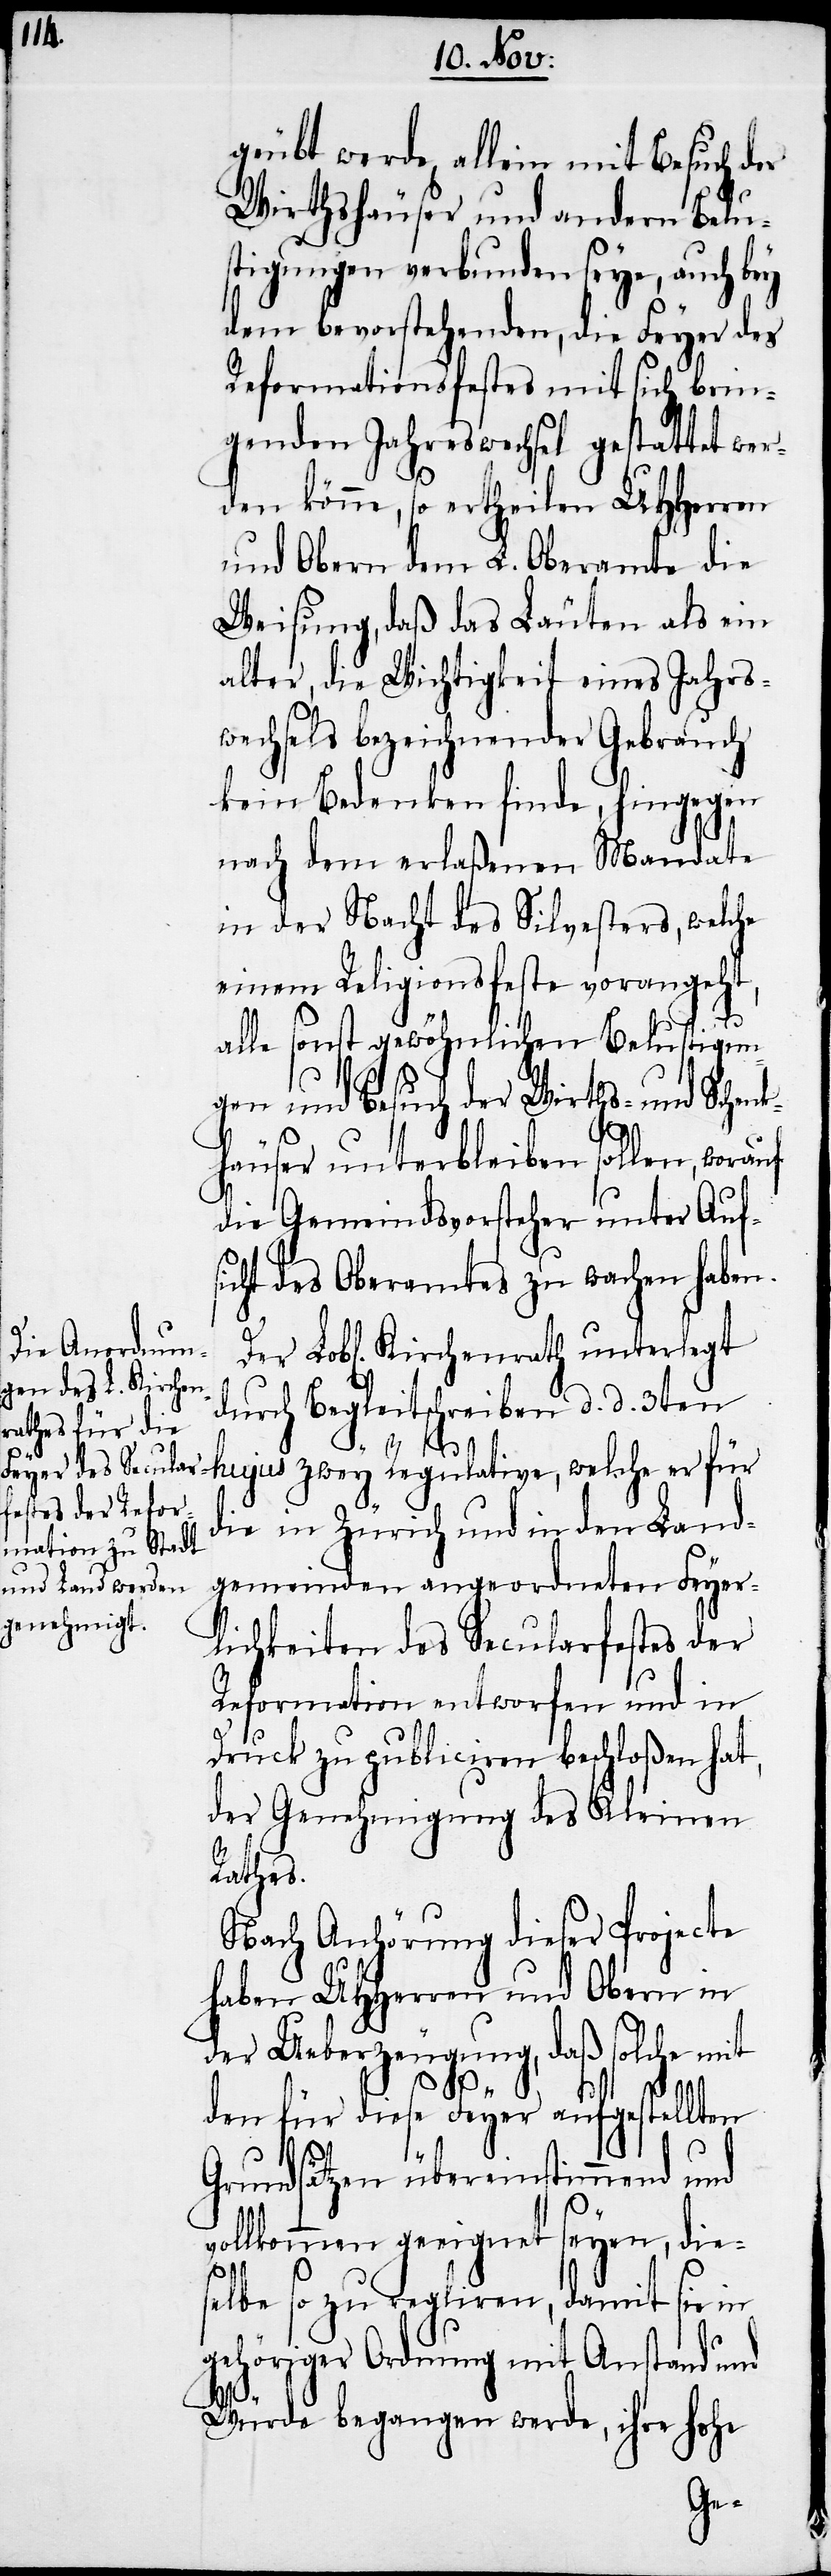
geübt werde, allein mit Besuch der
Wirthshäuser und andern Belus¬
tigungen verbunden seye, auch bey
dem bevorstehenden, die Feyer des
Reformationsfestes mit sich brin¬
genden Jahreswechsel gestattet wer¬
den könne, so ertheilen UHHerren
und Obern dem L. Oberamte die
Weisung, daß das Läuten als ein
alter, die Wichtigkeit eines Jahrs¬
wechsels bezeichnender Gebrauch
kein Bedenken finde, hingegen
nach dem erlaßenen Mandate
in der Nacht des Silvesters, welche
einem Religionsfeste vorangeht,
alle sonst gewöhnlichen Belustigun¬
gen und Besuch der Wirths- und Schen¬
khäuser unterbleiben sollen, worauf
die Gemeindsvorsteher unter Aufs¬
icht des Oberamtes zu wachen habe.
durch Begleitschreiben d. d. 3ten
hujus zwey Regulative, welche er für
die in Zürich und in den Land¬
gemeinden angeordneten Feyer¬
lichkeiten des Secularfestes der
Reformation entworfen und in
Druck zu publiciren beschloßen hat,
der Genehmigung des Kleinen
Rathes.
Nach Anhörung dieser Projecte
haben UHHerren und Obern in
der Ueberzeugung, daß solche mit
den für diese Feyer aufgestellten
Grundsätzen übereinstimmend und
vollkommen geeignet seyen, dies¬
elbe so zu regliren, damit sie in
gehöriger Ordnung mit Anstand und
Würde begangen werde, ihre hohe
Der